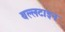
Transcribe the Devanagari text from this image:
बल्लटाइन